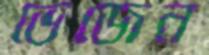
ভেজেন